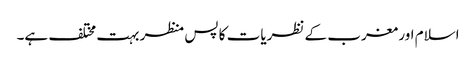
اسلام اور مغرب کے نظریات کا پس منظر بہت مختلف ہے۔